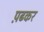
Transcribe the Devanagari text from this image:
प़ढकर